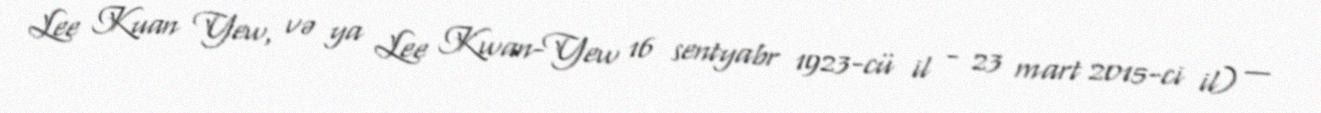
Lee Kuan Yew, və ya Lee Kwan-Yew 16 sentyabr 1923-cü il - 23 mart 2015-ci il) —